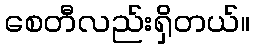
စေတီလည်းရှိတယ်။